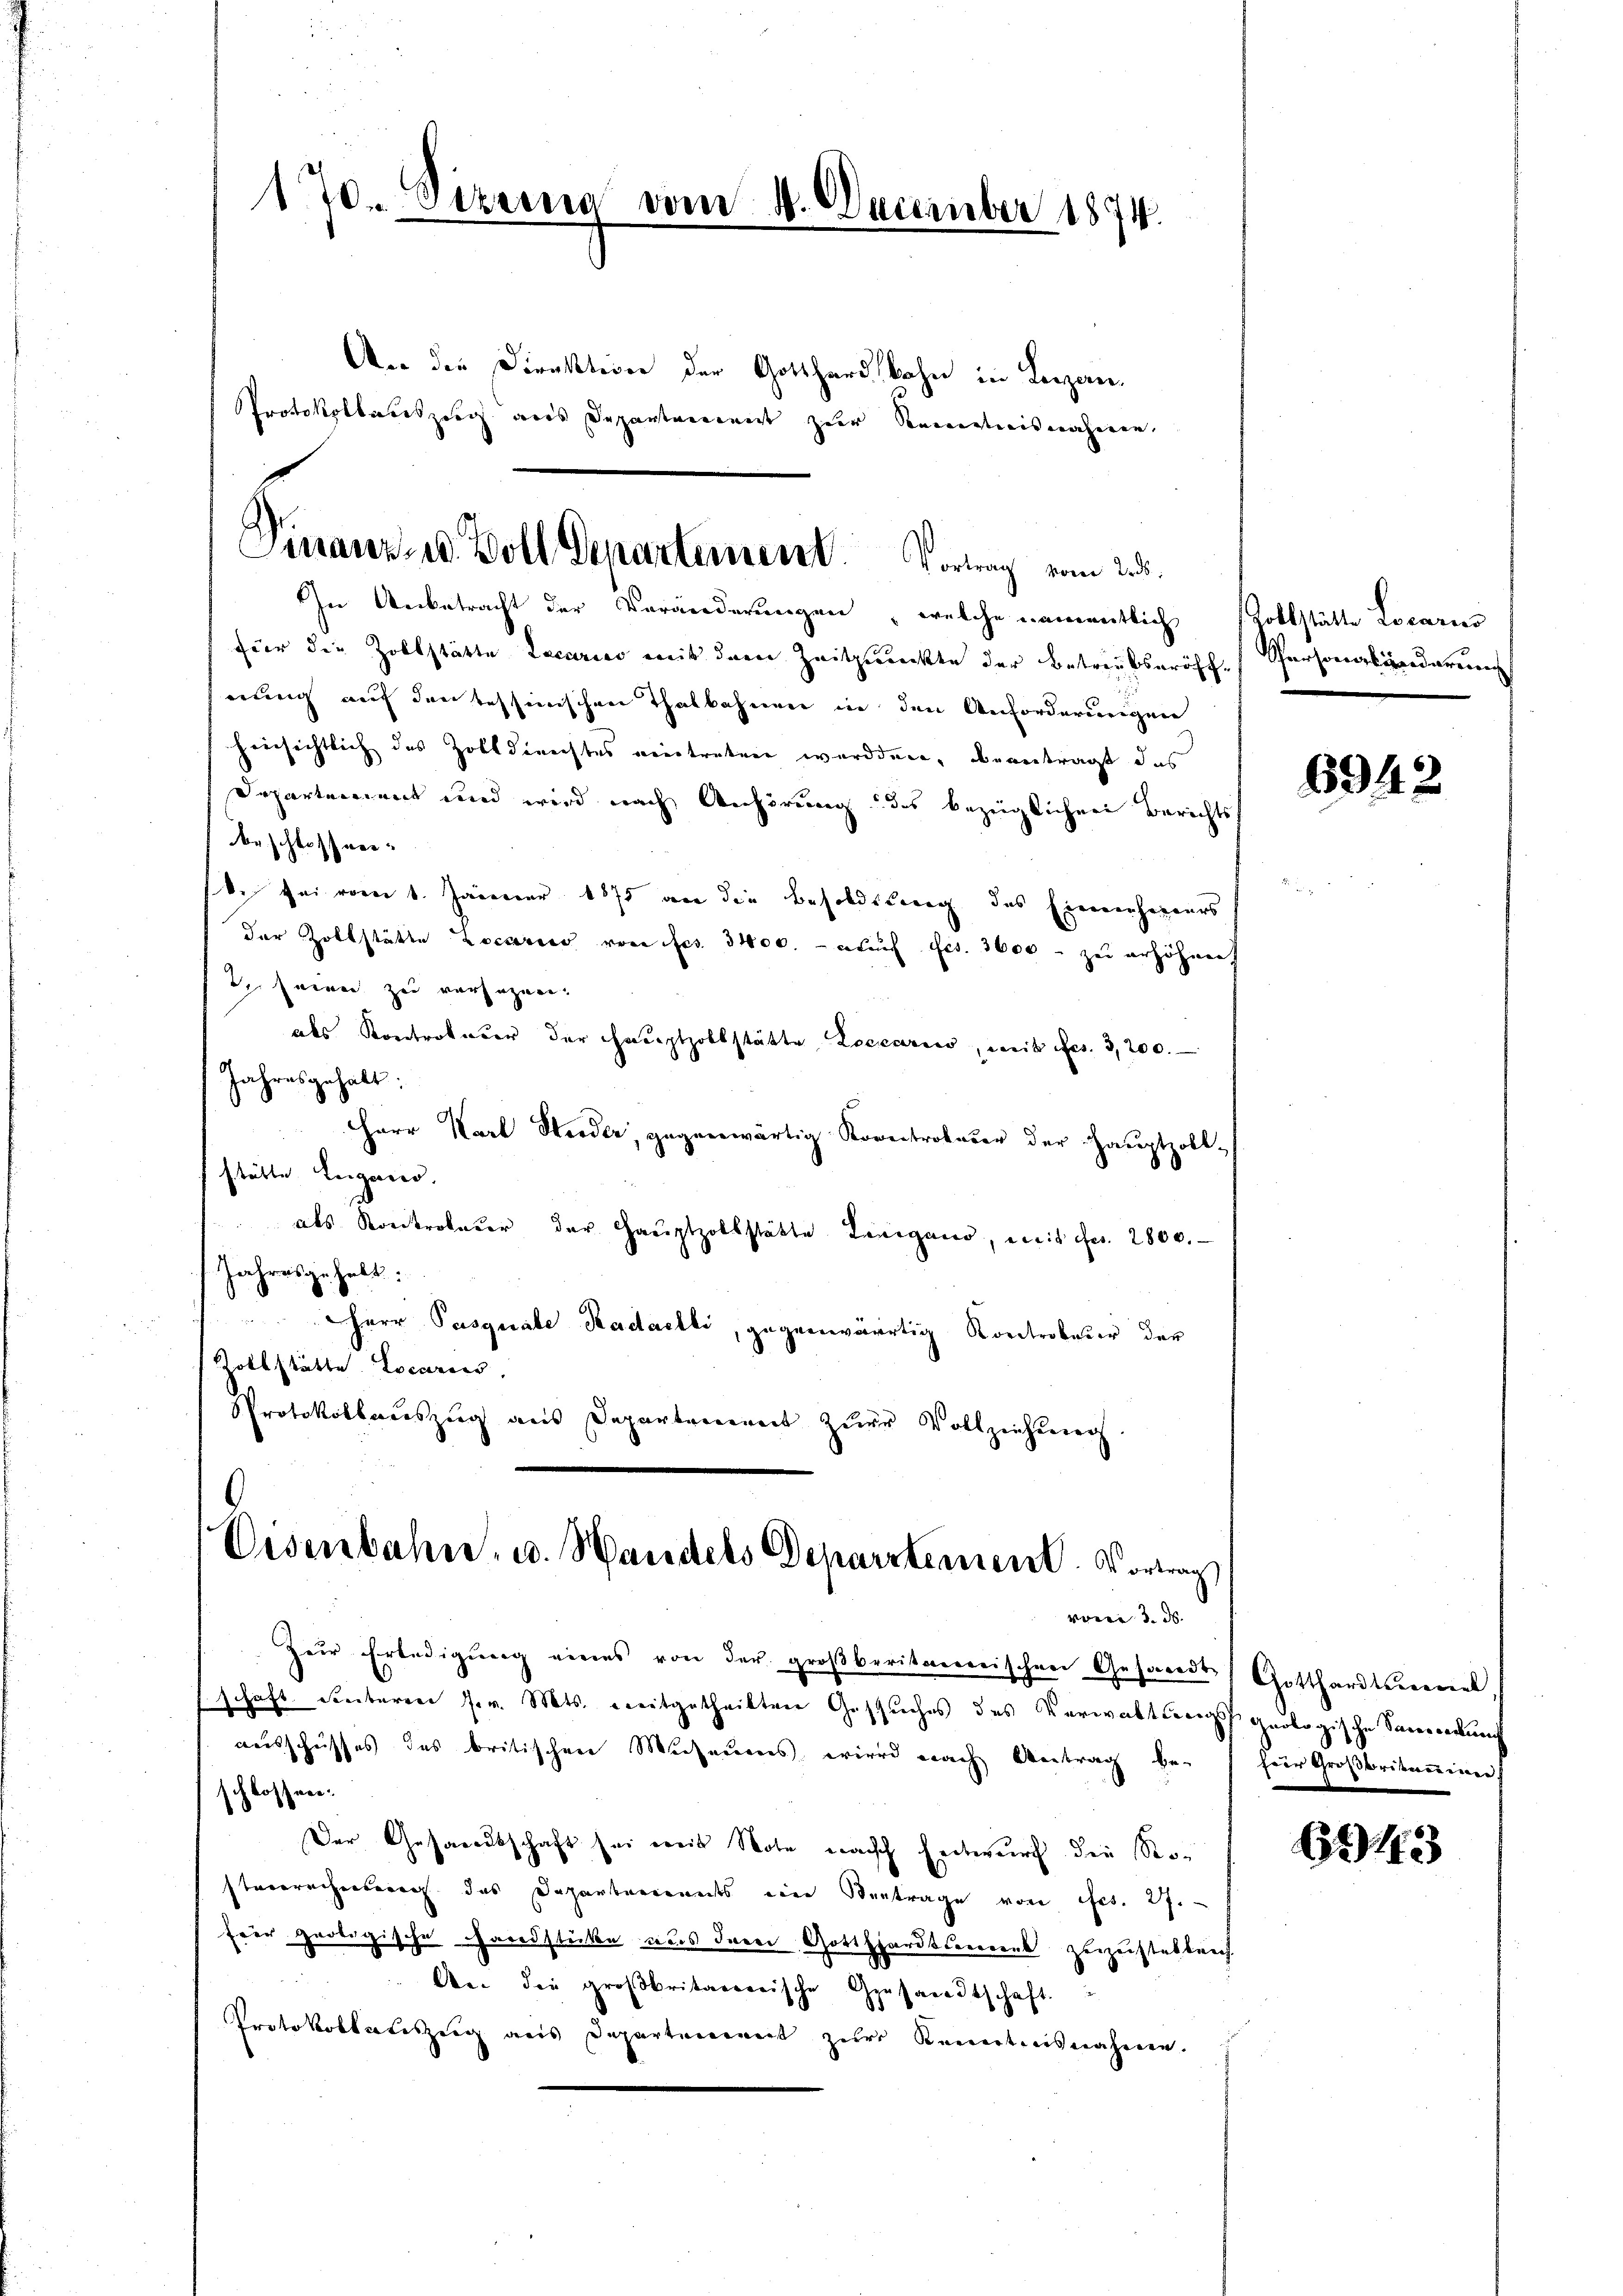
170. Sizung vom 10. December 1874.
An die Direktion der Gotthardbahn in Legan¬

Finanz- u. Zoll Departement. Vortrag vom 25.

Protokollateszug aus Departement zur Kenntnisnahmen,
In Anbetracht der Veränderungen, welche namentlich Zollstätte Locaries
für die Zollstätte Lecario mit dem Zeitpunkte der Betreitseröffwung auf der tessinischen Thalbahnen in den Anforderungen
hinsichtlich des Zolldirechtes vertreten wurden, beantragt das
Departement und wird nach Anhörung des bezeiglichen Berichts
beschlossen.
b. sei vom 1. Jänner 1875 an die Besoldung des Einenherers
der Zollstätte Locariis von frs. 3400. auf fes. 3000 - zu erhöhnen
In seien zu versagen.
als Kontraturer der Hauptzollstätte Locariis, mit fes. 3200.
Jahresgehalt:
Herr Karl Huder, gegenwärtig Korectrokater der Hauptzollstätte Lugand.
 als Kontrolarer der Hauptzollstätte Leigand, mit fr. 2800.
Jahresgehalt:
Herr Pasquale Kadaelli, gegenwärtig Kontrobener der
Zollstätte Locarius,
Protokollaŭszŭg aŭs Departement zŭr Vollziehung.

Eisenbahn. u. Handels Departement. Vortrag
vom 3. ds.

Zŭr Erledigŭng eines von der groβberitannischen Gesandt Gotthardtenenet,
schaft sinteren fr. Mts. mitgetheilten Gesuches des Verwaltungs geologische Sacerendung
ausschusses des britischen Museums wird nach Antrag bei für Großbritaninn)
schlo
e
.
Der Gesandtschaft sei weis Note nach Entwurf die Restarrechenberg das Departements ein Vertrage von frs. 27.
fier geologische Handstücke aus drei Gotthardtsemrenk zuzustellen
An die großbritarerrische Gesandtschaft
Protokollateszug aus Departement zur Kenntnisnahme.

Personalinderung

6942

61